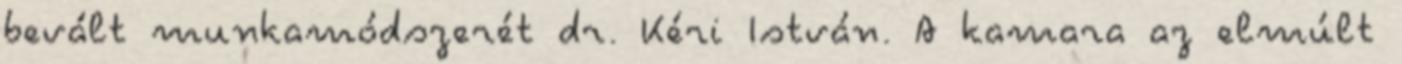
bevált munkamódszerét dr. Kéri István. A kamara az elmúlt